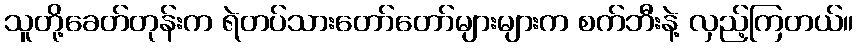
သူတို့ခေတ်တုန်းက ရဲတပ်သားတော်တော်များများက စက်ဘီးနဲ့ လှည့်ကြတယ်။